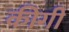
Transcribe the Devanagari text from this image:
कीगी